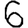
Digit: 6